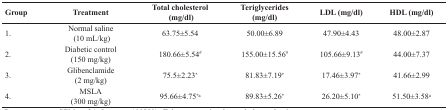
<table><thead><tr><td><b>Group</b></td><td><b>Treatment</b></td><td><b>Total cholesterol(mg/dl)</b></td><td><b>Teriglycerides (mg/dl)</b></td><td><b>LDL (mg/dl)</b></td><td><b>HDL (mg/dl)</b></td></tr></thead><tbody><tr><td>1.</td><td>Normal saline (10 mL/kg)</td><td>63.75±5.54</td><td>50.00±6.89</td><td>47.90±4.43</td><td>48.00±2.87</td></tr><tr><td>2.</td><td>Diabetic control (150 mg/kg)</td><td>180.66±5.54#</td><td>155.00±15.56#</td><td>105.66±9.13#</td><td>44.00±7.37</td></tr><tr><td>3.</td><td>Glibenclamide (2 mg/kg)</td><td>75.5±2.23*</td><td>81.83±7.19*</td><td>17.46±3.97*</td><td>41.66±2.99</td></tr><tr><td>4.</td><td>MSLA (300 mg/kg)</td><td>95.66±4.75*a</td><td>89.83±5.26*</td><td>26.20±5.10*</td><td>51.50±3.58a</td></tr></tbody></table>